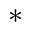
\ast